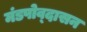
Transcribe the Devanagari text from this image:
मंडपोव्दासन